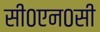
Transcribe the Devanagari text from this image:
सी०एन०सी